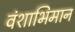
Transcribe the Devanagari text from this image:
वंशाभिमान